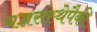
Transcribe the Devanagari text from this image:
यज्ञसंस्थेपैकी